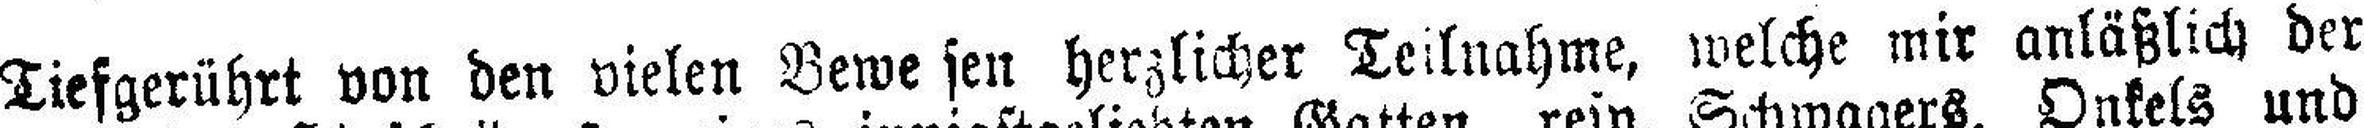
Tiefgerührt von den vielen Bewe sen herzlicher Teilnahme, welche mir anläßlich der